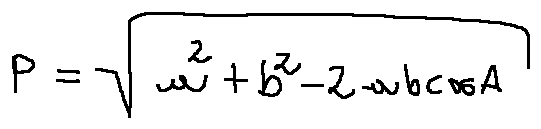
p = \sqrt { a ^ { 2 } + b ^ { 2 } - 2 a b \cos A }